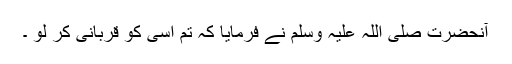
آنحضرت صلی اللہ علیہ وسلم نے فرمایا کہ تم اسی کو قربانی کر لو ۔